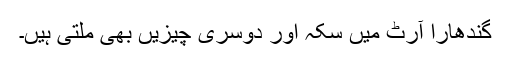
گندھارا آرٹ میں سکہ اور دوسری چیزیں بھی ملتی ہیں۔